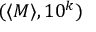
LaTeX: ( \langle M \rangle , 1 0 ^ { k } )